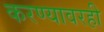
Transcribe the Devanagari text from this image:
करण्यावरही